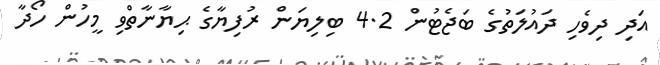
އަދި ދިވެހި ދައުލަތުގެ ބަޖެޓުން 4.2 ބިލިޔަން ރުފިޔާގެ ޙިޔާނާތްވި މީހުން ހޯދާ